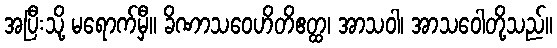
အပြီးသို့ မရောက်မှီ။ ခိဏာသဝေဟိတိဧတ္ထ၊ အာသဝါ၊ အာသဝေါတို့သည်။